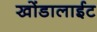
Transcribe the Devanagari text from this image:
खोंडालाईट